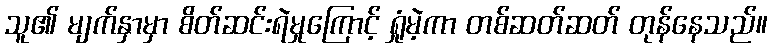
သူ၏ မျက်နှာမှာ စိတ်ဆင်းရဲမှုကြောင့် ရှုံမဲ့ကာ တစ်ဆတ်ဆတ် တုန်နေသည်။